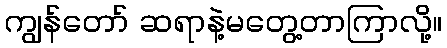
ကျွန်တော် ဆရာနဲ့မတွေ့တာကြာလို့။